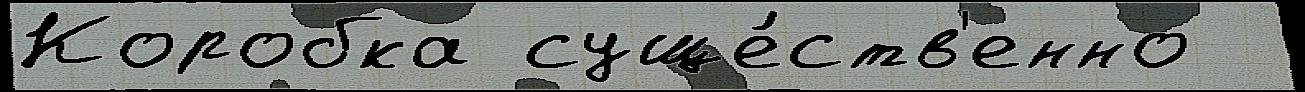
Коробка суще́ств'енно